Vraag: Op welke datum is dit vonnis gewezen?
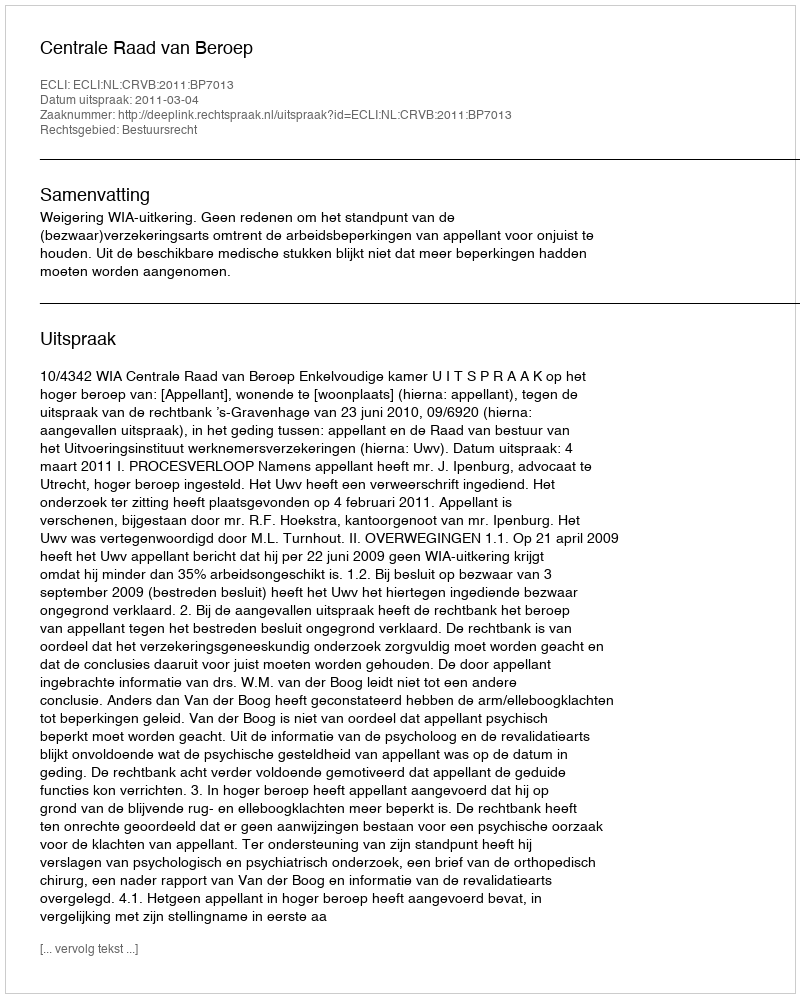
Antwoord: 2011-03-04